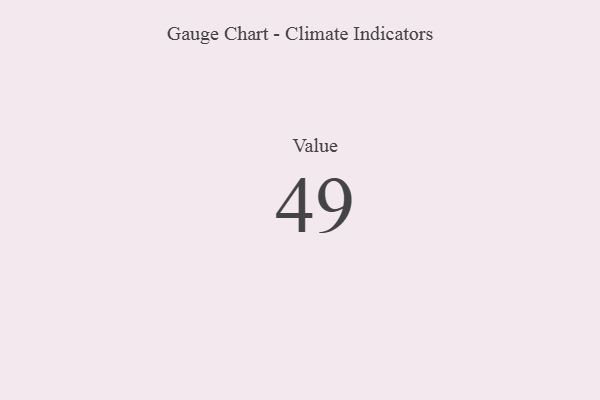
{"axis": {"x": "Metric", "y": "Value"}, "legend": [""], "data": [{"x": "Value", "y": 49, "type": ""}]}